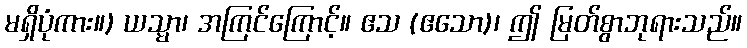
မရှိပုံကား။) ယသ္မာ၊ အကြင်ကြောင့်။ ဧသ (ဧသော)၊ ဤ မြတ်စွာဘုရားသည်။